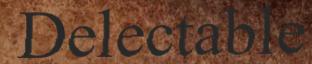
Delectable